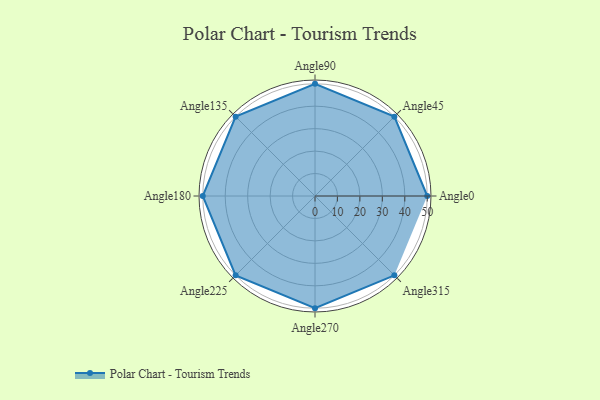
{"axis": {"x": "Angle", "y": "Radius"}, "legend": [""], "data": [{"x": "Angle0", "y": 50, "type": ""}, {"x": "Angle45", "y": 50, "type": ""}, {"x": "Angle90", "y": 50, "type": ""}, {"x": "Angle135", "y": 50, "type": ""}, {"x": "Angle180", "y": 50, "type": ""}, {"x": "Angle225", "y": 50, "type": ""}, {"x": "Angle270", "y": 50, "type": ""}, {"x": "Angle315", "y": 50, "type": ""}]}